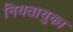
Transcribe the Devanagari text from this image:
नियतायुका